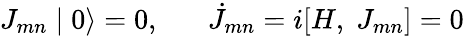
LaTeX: J_{mn}\mid 0\rangle=0,\; \; \; \; \; \; \dot{J}_{mn}=i[H,\; J_{mn}]=0